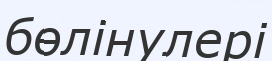
бөлінулері